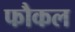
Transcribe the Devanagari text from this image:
फौकल